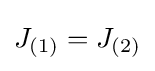
J_{(1)}=J_{(2)}